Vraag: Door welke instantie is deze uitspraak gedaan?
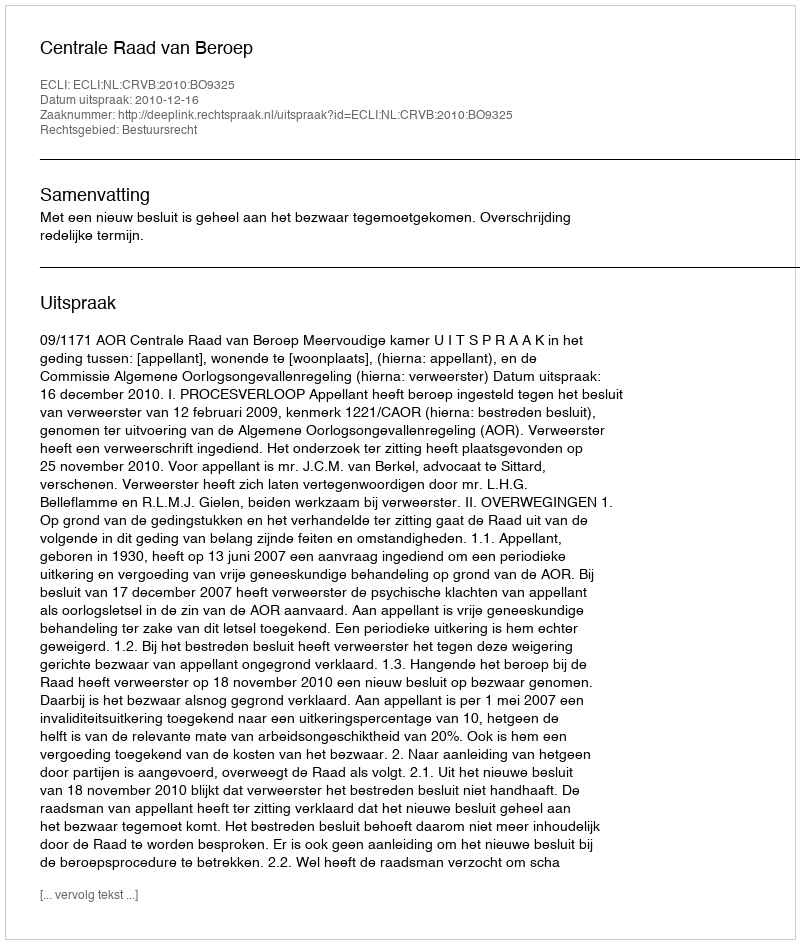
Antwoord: Centrale Raad van Beroep